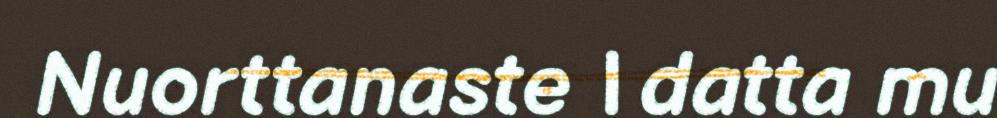
Nuorttanaste | datta mu